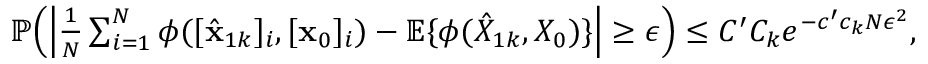
\begin{array} { r } { \mathbb { P } \Big ( \Big | \frac { 1 } { N } \sum _ { i = 1 } ^ { N } \phi ( [ \hat { \mathbf { x } } _ { 1 k } ] _ { i } , [ \mathbf { x } _ { 0 } ] _ { i } ) - \mathbb { E } \{ \phi ( \hat { X } _ { 1 k } , X _ { 0 } ) \} \Big | \geq \epsilon \Big ) \leq C ^ { \prime } C _ { k } e ^ { - c ^ { \prime } c _ { k } N \epsilon ^ { 2 } } , } \end{array}